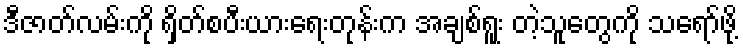
ဒီဇာတ်လမ်းကို ရှိတ်စပီးယားရေးတုန်းက အချစ်ရူး တဲ့သူတွေကို သရော်ဖို့